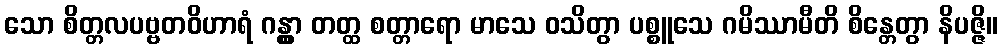
သော စိတ္တလပဗ္ဗတဝိဟာရံ ဂန္တွာ တတ္ထ စတ္တာရော မာသေ ဝသိတွာ ပစ္စူသေ ဂမိဿာမီတိ စိန္တေတွာ နိပဇ္ဇိ။